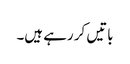
باتیں کر رہے ہیں۔